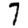
Digit: 7